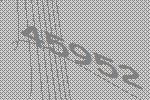
45952